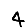
Digit: 4